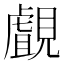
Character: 覰